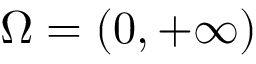
\Omega = ( 0 , + \infty )